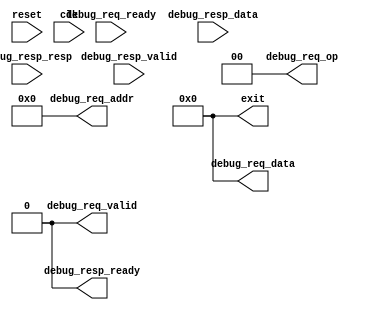
`timescale 1ns / 1ps

module DTModule ( // @[Peripheryscala 157:23:freechipsrocketchipsystemDefaultFPGAConfigfir@1947114]
    input reset,    //(SimDTM_reset),
    input clk,    //(SimDTM_clk)

    output [31:0] exit,    //(SimDTM_exit),

    input debug_req_ready,    //(SimDTM_debug_req_ready),
    output debug_req_valid,    //(SimDTM_debug_req_valid),
    output [6:0] debug_req_addr,    //(SimDTM_debug_req_addr),
    output [31:0] debug_req_data,    //(SimDTM_debug_req_data),
    output [1:0] debug_req_op,    //(SimDTM_debug_req_op),

    output debug_resp_ready,    //(SimDTM_debug_resp_ready),
    input debug_resp_valid,    //(SimDTM_debug_resp_valid),
    input [31:0] debug_resp_data,    //(SimDTM_debug_resp_data),
    input [1:0] debug_resp_resp    //(SimDTM_debug_resp_resp),
  );
  
  assign exit                   =   0;
  
  assign debug_req_valid        =   0;
  assign debug_req_addr    =   0;
  assign debug_req_data    =   0;
  assign debug_req_op      =   0;

  assign debug_resp_ready       =   0;
  
endmodule